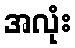
အလုံး